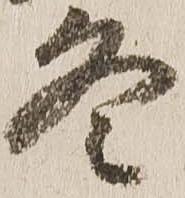
冬